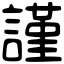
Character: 謹